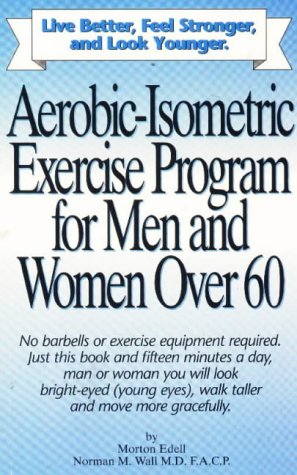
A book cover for Aerobic-Isometric Exercise for Men and Women over 60; Morton Edell; Health, Fitness & Dieting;